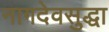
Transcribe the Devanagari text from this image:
नागदेवसुद्धा